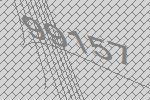
99157